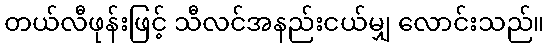
တယ်လီဖုန်းဖြင့် သီလင်အနည်းငယ်မျှ လောင်းသည်။